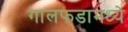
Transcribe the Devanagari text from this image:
गालफडामध्ये